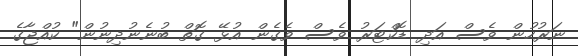
ނަރުހުން ވެސް އަދި ޑޮކްޓަރު ވެސް ވެގެން އުޅޭ ގޮތް ބުނެނުދިނުން" ކުއްޖާގެ